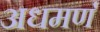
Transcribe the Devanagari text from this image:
अधमर्ण